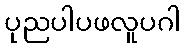
ပုညပါပဖလူပဂါ